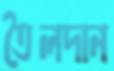
তৈলদান